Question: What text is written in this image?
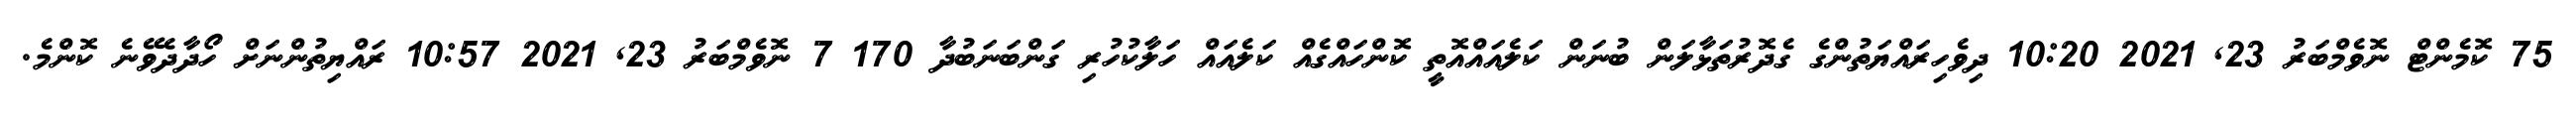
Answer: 75 ކޮމެންޓް ނޮވެމްބަރު 23, 2021 10:20 ދިވެހިރައްޔަތުންގެ ގެދޮރުތަޅާލަން ބުނަން ކަލެއައްއޮތީ ކޮންހައްގެއް ކަލެއައް ހަލާކުހުރި ގަންބަނަބުދާ 170 7 ނޮވެމްބަރު 23, 2021 10:57 ރައްޔިތުންނަށް ހޯދާދެވޭނެ ކޮންމެ.